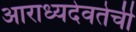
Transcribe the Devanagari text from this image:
आराध्यदेवतेची